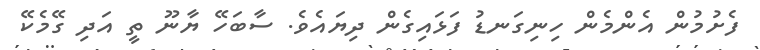
ފެށުމުން އެންމެން ހިނިގަނޑު ފަޅައިގެން ދިޔައެވެ. ސާބަހޭ ޔާނޫ ތީ އަދި ގޭމެކޭ